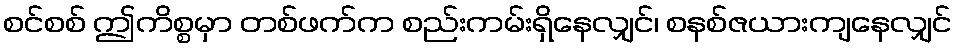
စင်စစ် ဤကိစ္စမှာ တစ်ဖက်က စည်းကမ်းရှိနေလျှင်၊ စနစ်ဇယားကျနေလျှင်